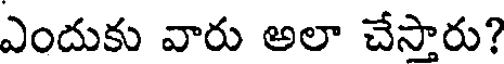
ఎందుకు వారు అలా చేస్తారు?